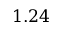
1 . 2 4